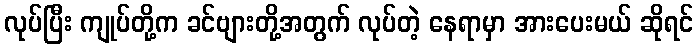
လုပ်ပြီး ကျုပ်တို့က ခင်ဗျားတို့အတွက် လုပ်တဲ့ နေရာမှာ အားပေးမယ် ဆိုရင်